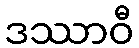
ဒဿာဝီ